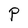
Character: P